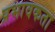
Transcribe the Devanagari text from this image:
प्रभावकता